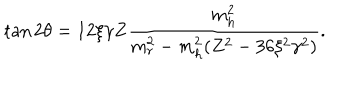
\tan 2 \theta = 1 2 \xi \gamma Z \frac { m _ { h } ^ { 2 } } { m _ { r } ^ { 2 } - m _ { h } ^ { 2 } ( Z ^ { 2 } - 3 6 \xi ^ { 2 } \gamma ^ { 2 } ) } .